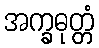
အက္ခဓုတ္တံ